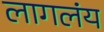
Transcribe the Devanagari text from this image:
लागलंय